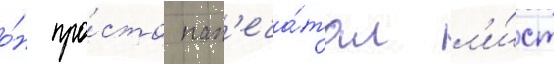
о́н про́сто нап'еча́тал л'и́ст